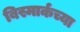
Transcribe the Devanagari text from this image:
बिस्मार्कच्या